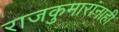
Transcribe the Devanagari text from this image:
राजकुमारांनाही